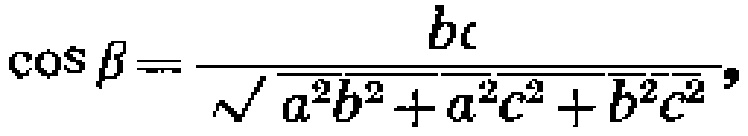
\(\cos \beta =\frac{bc}{\sqrt{a^{2}b^{2}+a^{2}c^{2}+b^{2}c^{2}}}\)